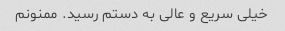
خیلی سریع و عالی به دستم رسید. ممنونم